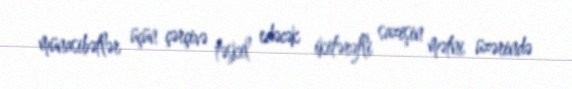
münasibətlər üçün çərçivə təşkil edəcək ikitərəfli sazişin mətni üzərində